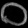
Digit: ၀